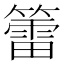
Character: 𥵉